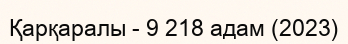
Қарқаралы - 9 218 адам (2023)